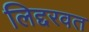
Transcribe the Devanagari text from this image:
लिद्दरवत